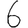
Digit: 6